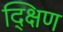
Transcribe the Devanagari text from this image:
द्क्षिण